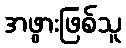
အဖွားဖြစ်သူ